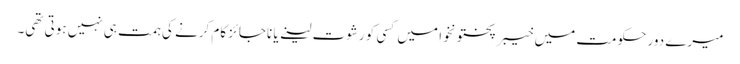
میرے دور حکومت میں خیبر پختونخوا میں کسی کو رشوت لینے یا ناجائز کام کرنے کی ہمت ہی نہیں ہوتی تھی۔